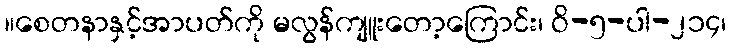
။စေတနာနှင့်အာပတ်ကို မလွန်ကျူးတော့ကြောင်း၊ ဝိ-၅-ပါ-၂၁၄၊